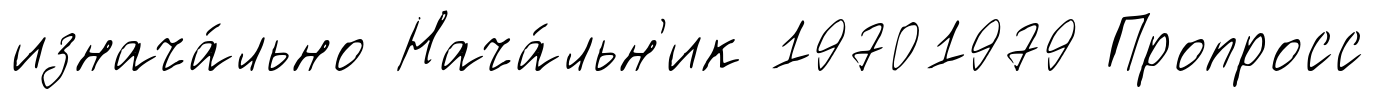
изнача́льно Нача́льн'ик 19701979 Пропросс